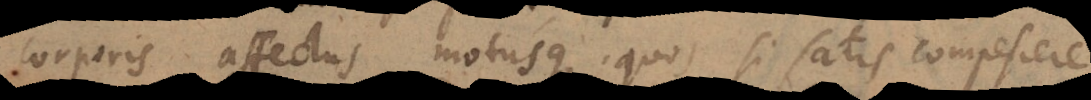
corporis affectus motusque, quos si satis compescere